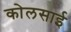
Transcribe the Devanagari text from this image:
कोलसाई